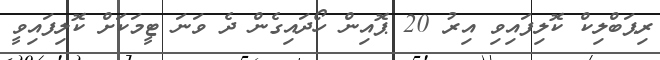
ރިޕަބްލިކް ކޮލިފައިވި އިރު 20 ޕޮއިންް ހޯދައިގެން ދެ ވަނަ ޓީމަކަށް ކޮލިފައިވީ